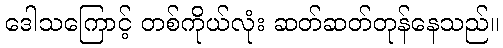
ဒေါသကြောင့် တစ်ကိုယ်လုံး ဆတ်ဆတ်တုန်နေသည်။